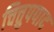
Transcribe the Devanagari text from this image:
चित्तुपपाद